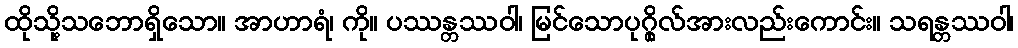
ထိုသို့သဘောရှိသော။ အာဟာရံ၊ ကို။ ပဿန္တဿဝါ၊ မြင်သောပုဂ္ဂိုလ်အားလည်းကောင်း။ သရန္တဿဝါ၊